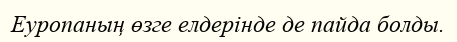
Еуропаның өзге елдерінде де пайда болды.